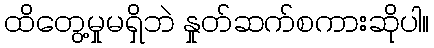
ထိတွေ့မှုမရှိဘဲ နှုတ်ဆက်စကားဆိုပါ။